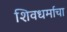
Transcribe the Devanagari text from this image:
शिवधर्माचा